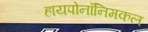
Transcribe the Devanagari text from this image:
हायपोनॉनिमकल